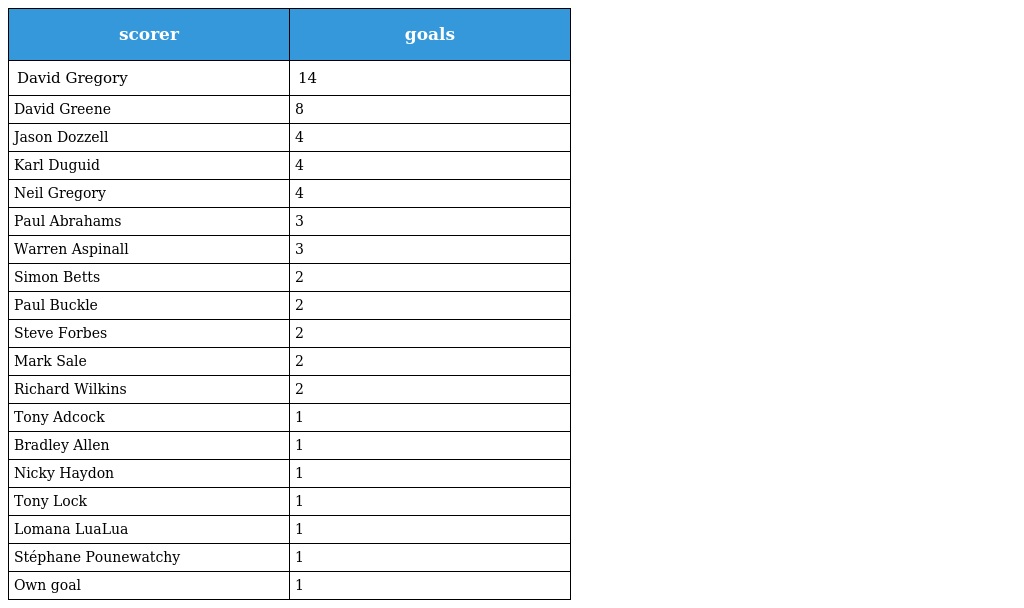
| scorer | goals |
 | --- | --- |
 | David Gregory | 14 |
 | David Greene | 8 |
 | Jason Dozzell | 4 |
 | Karl Duguid | 4 |
 | Neil Gregory | 4 |
 | Paul Abrahams | 3 |
 | Warren Aspinall | 3 |
 | Simon Betts | 2 |
 | Paul Buckle | 2 |
 | Steve Forbes | 2 |
 | Mark Sale | 2 |
 | Richard Wilkins | 2 |
 | Tony Adcock | 1 |
 | Bradley Allen | 1 |
 | Nicky Haydon | 1 |
 | Tony Lock | 1 |
 | Lomana LuaLua | 1 |
 | Stéphane Pounewatchy | 1 |
 | Own goal | 1 |